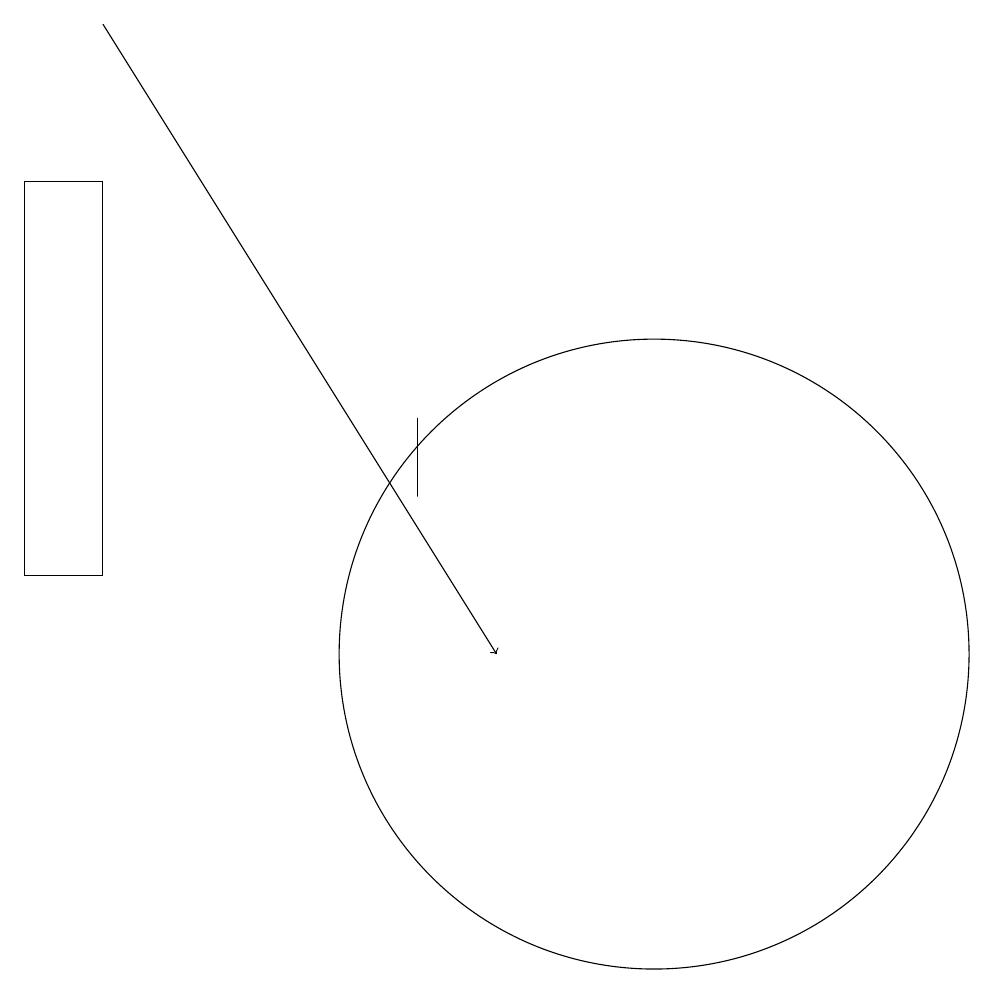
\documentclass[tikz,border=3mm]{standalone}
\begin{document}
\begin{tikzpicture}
\draw[->] (4,18) -- (9,10);
\draw (8,12) rectangle (8,13);
\draw (11,10) circle (4);
\draw (3,16) rectangle (4,11);
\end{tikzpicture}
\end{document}